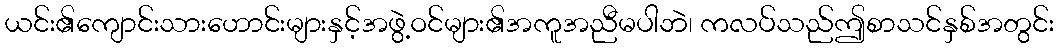
ယင်း၏ကျောင်းသားဟောင်းများနှင့်အဖွဲ့ဝင်များ၏အကူအညီမပါဘဲ၊ ကလပ်သည်ဤစာသင်နှစ်အတွင်း